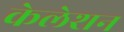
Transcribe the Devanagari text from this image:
केलेशन